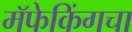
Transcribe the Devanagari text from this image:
मॅफेकिंगचा